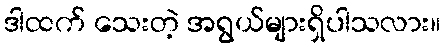
ဒါထက် သေးတဲ့ အရွယ်များရှိပါသလား။